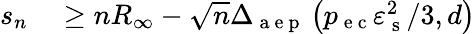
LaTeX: \begin{array}{rl}{s_{n}}&{{}\geq nR_{\infty}-\sqrt{n}\Delta_{\mathrm{~a~e~p~}}\left(p_{\mathrm{~e~c~}}\varepsilon_{\mathrm{~s~}}^{2}/3,d\right)}\end{array}